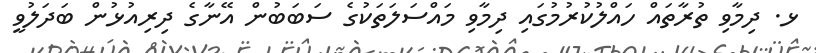
ޅ. ދިމާވި ތުރާތައް ހައްލުކުރުމުގައި ދިމާވި މައްސަލަތަކުގެ ސަބަބުން އޭނާގެ ދިރިއުޅުން ބަދަލުވީ